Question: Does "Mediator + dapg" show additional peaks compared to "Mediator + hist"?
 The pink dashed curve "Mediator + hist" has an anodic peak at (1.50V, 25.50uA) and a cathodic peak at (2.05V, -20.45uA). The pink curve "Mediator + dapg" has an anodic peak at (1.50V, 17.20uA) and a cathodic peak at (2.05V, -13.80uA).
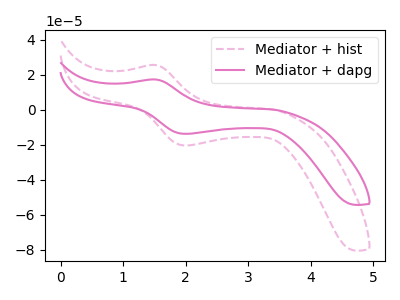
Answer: <think>All the peaks in "Mediator + dapg" have a peak in "Mediator + hist" at the same potential. Every peak in "Mediator + dapg" is lower than every peak in "Mediator + hist".
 </think>
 <answer>No, "Mediator + dapg" and "Mediator + hist" don't appear to be significantly different in shape</answer>
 <eval>no_change</eval>